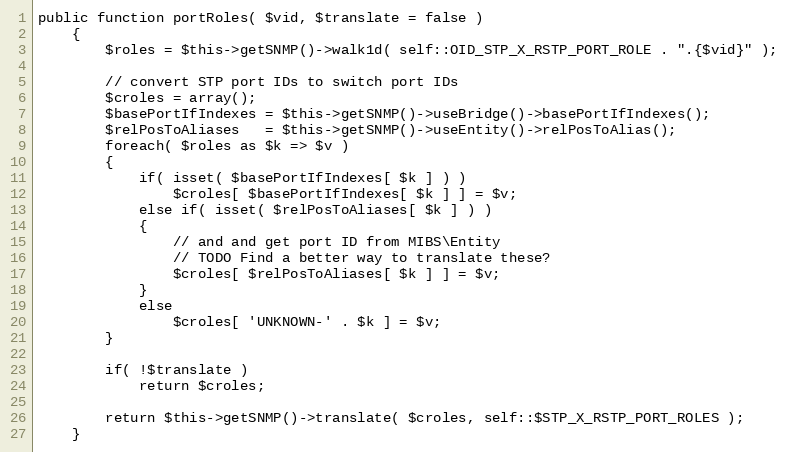
Language: PHP
public function portRoles( $vid, $translate = false )
    {
        $roles = $this->getSNMP()->walk1d( self::OID_STP_X_RSTP_PORT_ROLE . ".{$vid}" );

        // convert STP port IDs to switch port IDs
        $croles = array();
        $basePortIfIndexes = $this->getSNMP()->useBridge()->basePortIfIndexes();
        $relPosToAliases   = $this->getSNMP()->useEntity()->relPosToAlias();
        foreach( $roles as $k => $v )
        {
            if( isset( $basePortIfIndexes[ $k ] ) )
                $croles[ $basePortIfIndexes[ $k ] ] = $v;
            else if( isset( $relPosToAliases[ $k ] ) )
            {
                // and and get port ID from MIBS\Entity
                // TODO Find a better way to translate these?
                $croles[ $relPosToAliases[ $k ] ] = $v;
            }
            else
                $croles[ 'UNKNOWN-' . $k ] = $v;
        }

        if( !$translate )
            return $croles;

        return $this->getSNMP()->translate( $croles, self::$STP_X_RSTP_PORT_ROLES );
    }